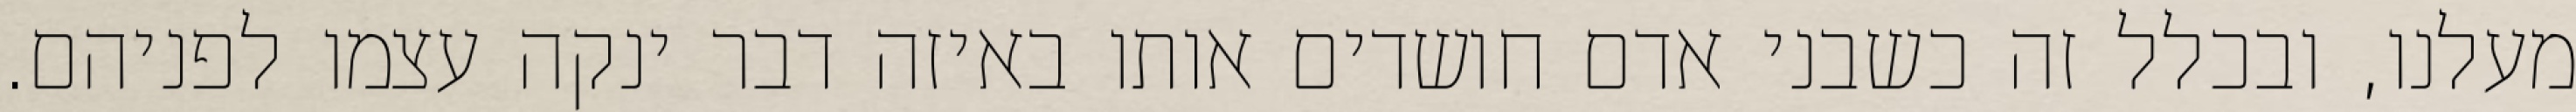
מעלנו, ובכלל זה כשבני אדם חושדים אותו באיזה דבר ינקה עצמו לפניהם.